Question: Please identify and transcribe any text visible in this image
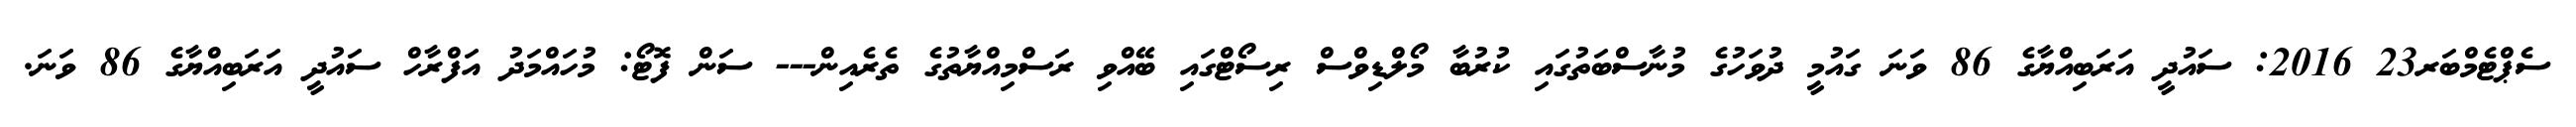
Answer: ސެޕްޓެމްބަރ23 2016: ސައުދީ އަރަބިއްޔާގެ 86 ވަނަ ގައުމީ ދުވަހުގެ މުނާސްބަތުގައި ކުރުބާ މޯލްޑިވްސް ރިސޯޓްގައި ބޭއްވި ރަސްމިއްޔާތުގެ ތެރެއިން--- ސަން ފޮޓޯ: މުހައްމަދު އަފްރާހް ސައުދީ އަރަބިއްޔާގެ 86 ވަނަ.